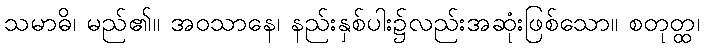
သမာဓိ၊ မည်၏။ အဝသာနေ၊ နည်းနှစ်ပါး၌လည်းအဆုံးဖြစ်သော။ စတုတ္ထ၊